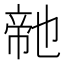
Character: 𭘬